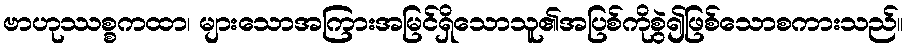
ဗာဟုဿစ္စကထာ၊ များသောအကြားအမြင်ရှိသောသူ၏အပြစ်ကိုစွဲ၍ဖြစ်သောစကားသည်။